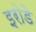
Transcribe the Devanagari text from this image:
इरोडे